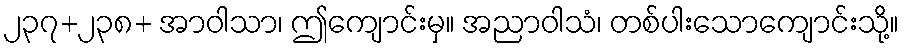
၂၃၇+၂၃၈+ အာဝါသာ၊ ဤကျောင်းမှ။ အညာဝါသံ၊ တစ်ပါးသောကျောင်းသို့။